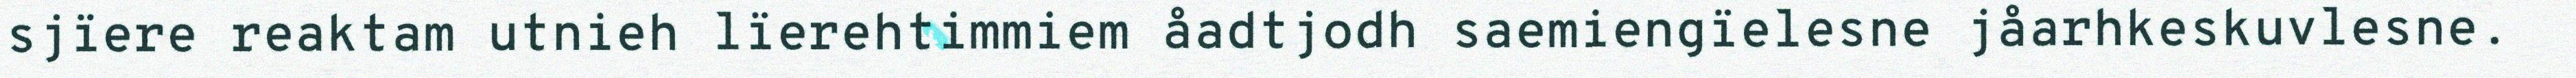
sjïere reaktam utnieh lïerehtimmiem åadtjodh saemiengïelesne jåarhkeskuvlesne.